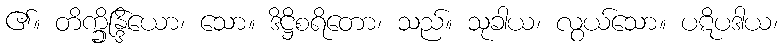
၏။ တိက္ခ္ခိန္ဒြိယော၊ သော။ ဒိဋ္ဌိစရိတော၊ သည်။ သုခါယ၊ လွယ်သော။ ပဋိပဒါယ၊